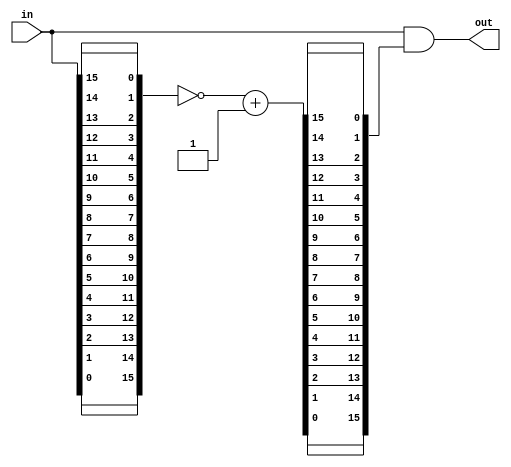
//
// Copyright 2013 Ettus Research LLC
//

module priority_encoder_one_hot
#(
  parameter WIDTH = 16
)
(
  input  [WIDTH-1:0]        in,
  output [WIDTH-1:0]        out
);

  wire [WIDTH-1:0] in_rev;
  wire [WIDTH-1:0] in_rev_inv_po = ~in_rev + 1;

  wire [WIDTH-1:0] mask;

  generate
  genvar i,j;

  for (i=0; i<WIDTH; i=i+1)
      assign in_rev[i] = in[WIDTH-1-i];

  for (j=0; j<WIDTH; j=j+1)
      assign mask[j]  = in_rev_inv_po[WIDTH-1-j];
  endgenerate

  assign out = in & mask;

endmodule